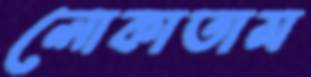
লোকাতাম